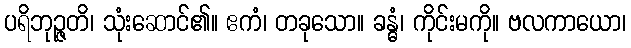
ပရိဘုဉ္ဇတိ၊ သုံးဆောင်၏။ ဧကံ၊ တခုသော။ ခန္ဓံ၊ ကိုင်းမကို။ ဗလကာယော၊